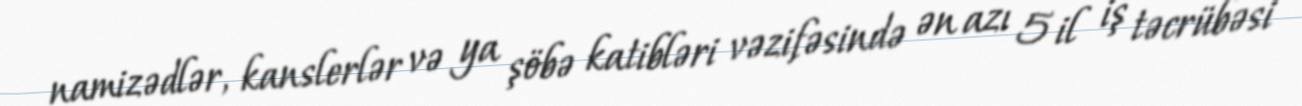
namizədlər, kanslerlər və ya şöbə katibləri vəzifəsində ən azı 5 il iş təcrübəsi